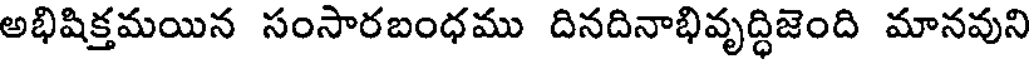
అభిషిక్తమయిన సంసారబంధము దినదినాభివృద్ధిజెంది మానవుని